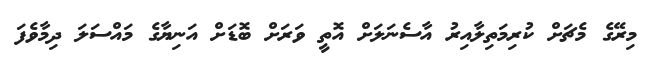
މިރޭގެ މެޗަށް ކުރިމަތިލާއިރު އާސެނަލަށް އޮތީ ވަރަށް ބޮޑަށް އަނިޔާގެ މައްސަލަ ދިމާވެފަ